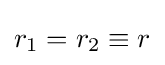
r_{1}=r_{2}\equiv r